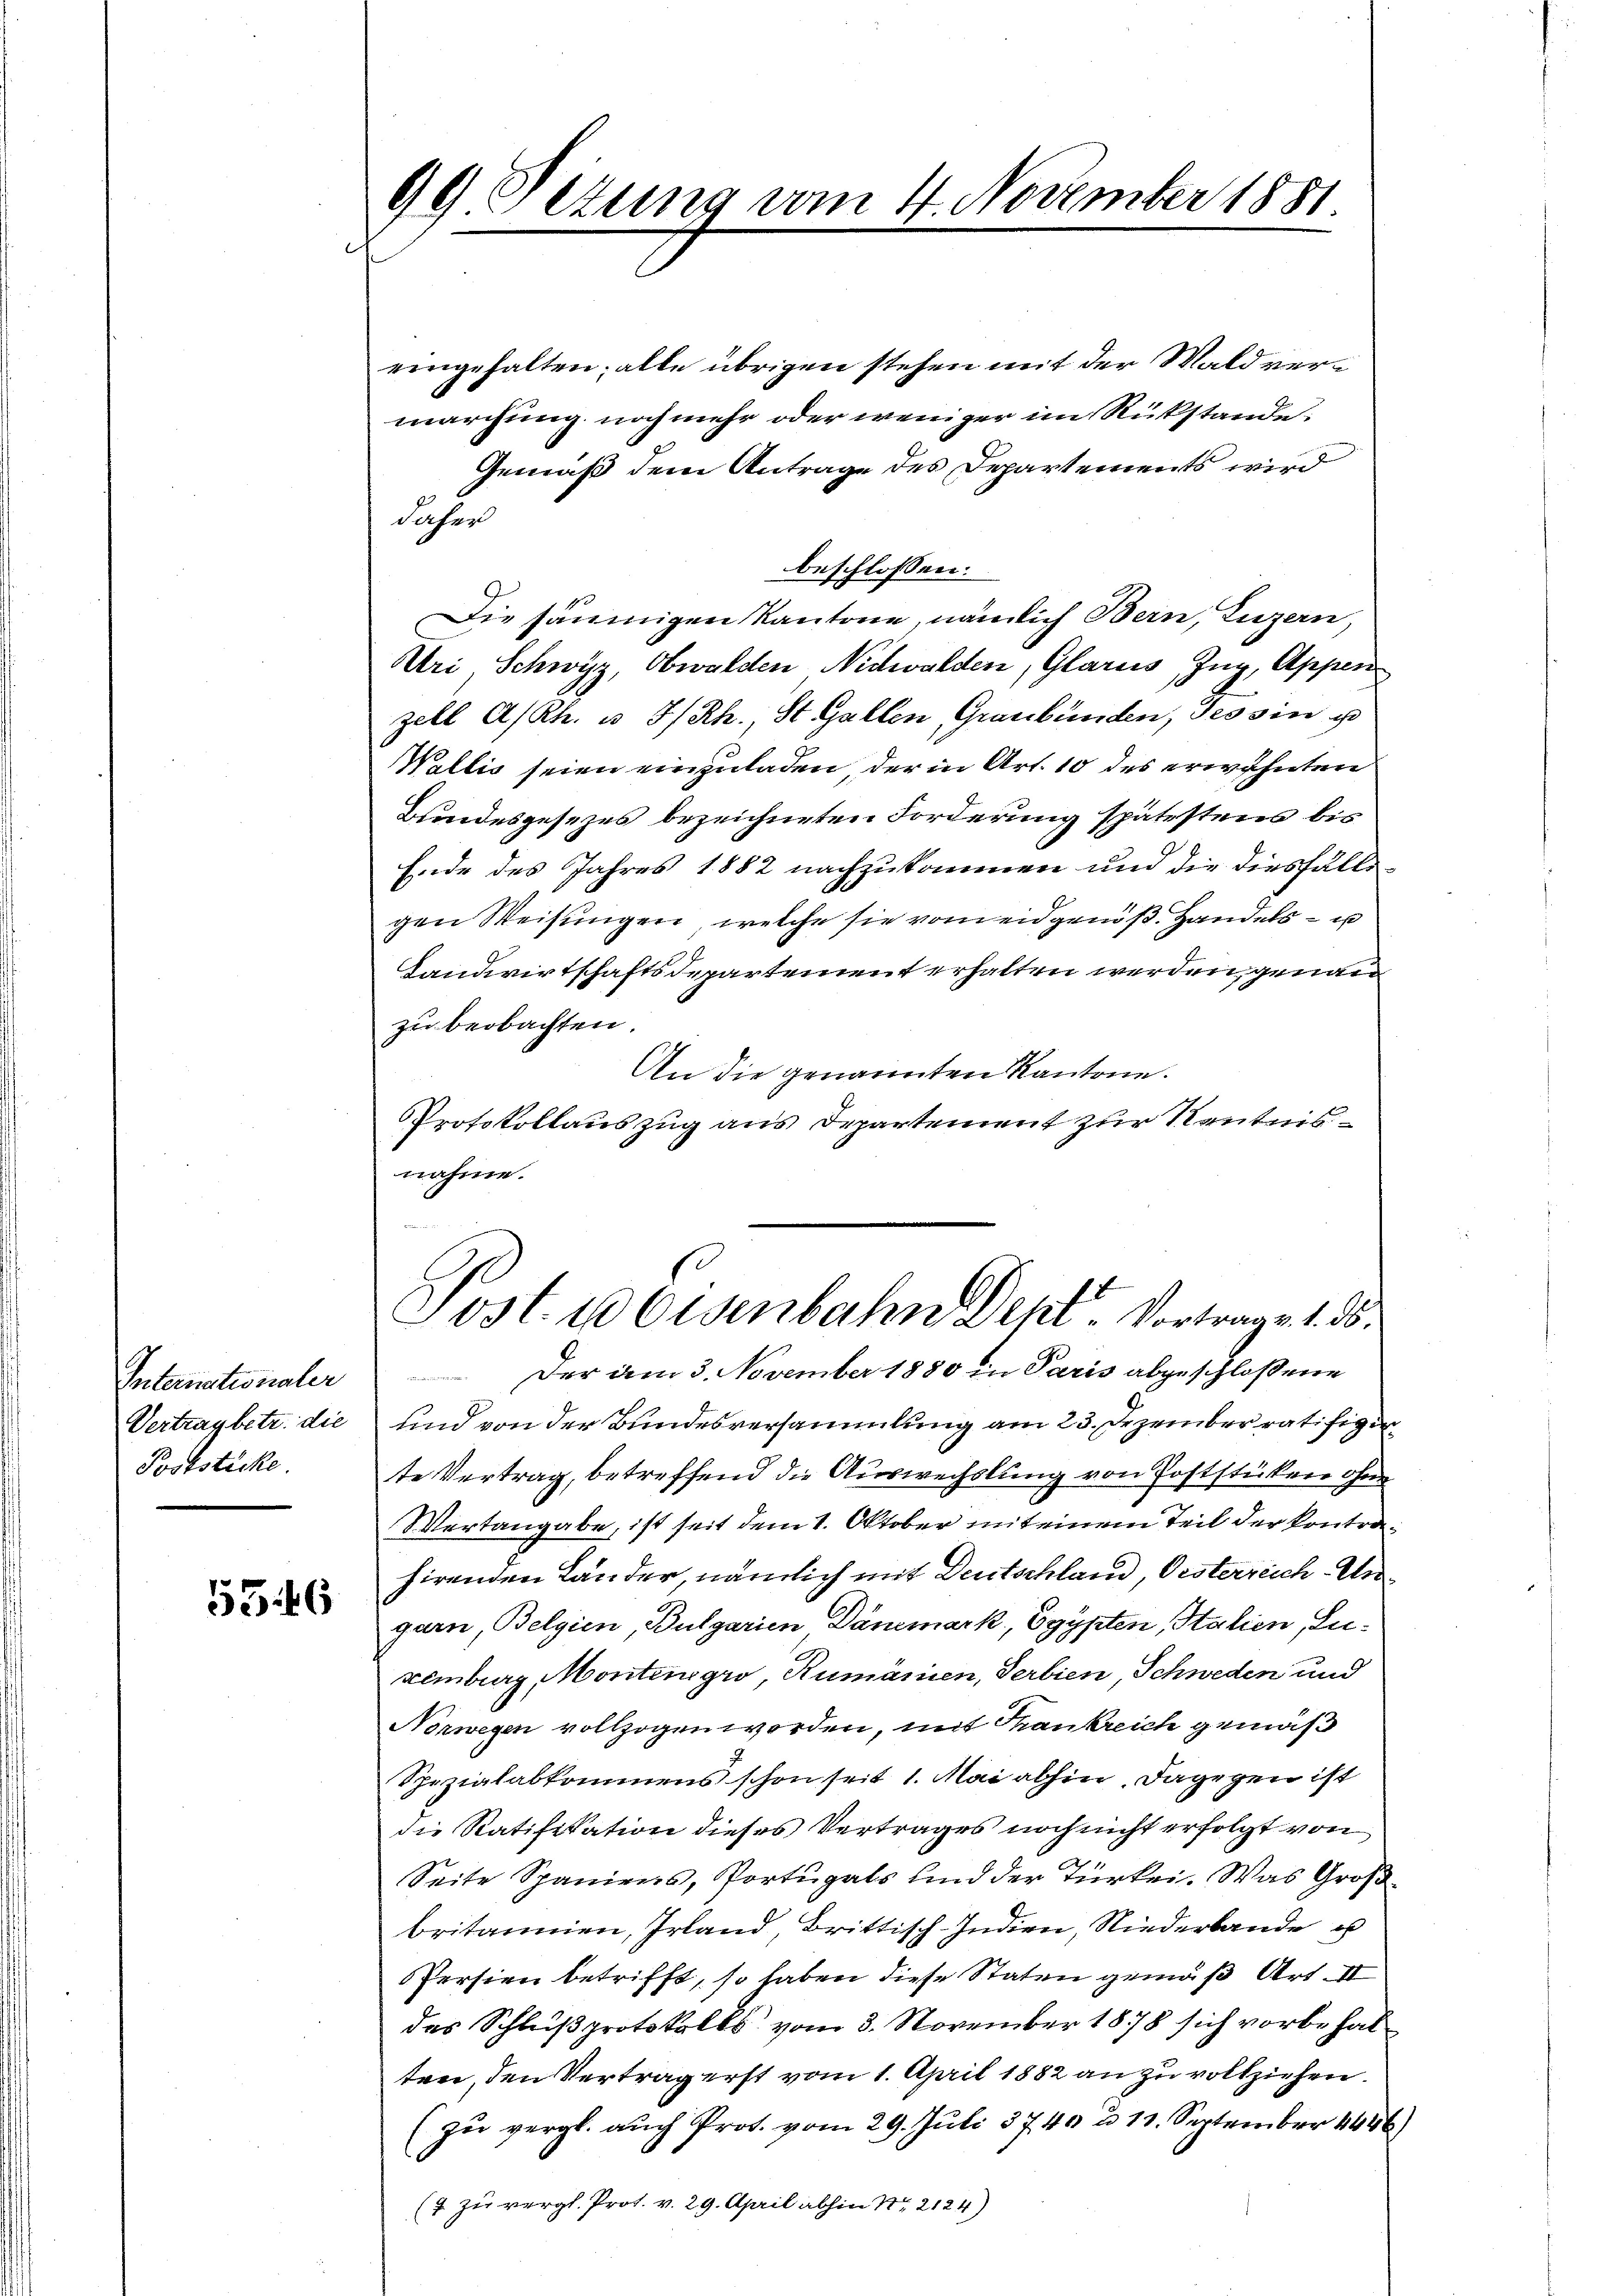
Internationaler
Vertrag betr. die
Poststücke

5546

eingehalten; alle übrigen stehen mit der Waldvermarchung noch mehr oder weniger im Rükstande
Gemäß dem Antrage des Departements wird
daher
beschlossen:
Die säumigen Kantone, nämlich Bern, Luzern,
Uri, Schwyz, Obwalden Nidwalden, Glarus, Zug, Appen
zell A/Rh. u 3/Rh., St. Gallen, Graubünden, Tessin u
Weltis seien einzuladen der in Art. 10 des erwähnten
Bundesgesezes bezeichneten Forderung spätestens bis
Ende des Jahres 1882 nachzukommen und die diesfällsgen Weisungen, welche sie vom eidgenöß. Handels- u
Landwirtschaftsdepartement erhalten werden, genau
zu beobachten.
An die genannten Kantone.
Protokollauszug aus Departement zur Kenntnisnahme.

99 Sizung vom 4. November 1881

Post u Eisenbahn Dept. Vortrage 1. ds.

Der am 3. November 1880 in Paris abgeschlossene
 teile
und von der Bundesversammlung am 23. Dezember ratifizi
te Vertrag, betreffend die Auswechslung von Poststücken ohne
Wertangabe, ist seit dem 1. Oktober mit einem Teil der Kontrahirenden Länder nämlich mit Deutschland, Oesterreich-Ungarn, Belgien, Bulgarien Dänemark, Egypten, Italien, Luzemberg, Montengro, Rumänien, Serbien, Schweden und
Norwegen vollzogen worden, mit Trankreich gemäß
Spezialabkommens schon seit 1. Mai abhin, dagegen ist
die Ratifikation dieses Vertrages noch nicht erfolgt von
Seite Spaniens, Portugals sind der Türkei. Was Groß-
britannien, Irland, Brittisch-Indien, Niederbande u
Persien betrifft, so haben diese Staten gemäß Art. II
das Schlußprotokolls vom 3. November 1878 sich vorbehalten, den Vertrag erst vom 1. April 1882 an zu vollziehen.
(zu vergl. auch Prot. vom 29. Juli 3740 u 11. September 1846)
(4 zu vergl. Prot. v. 29. April abhin Nr. 2124)